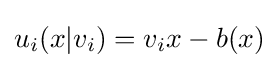
u_{i}(x|v_{i})=v_{i}x-b(x)